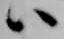
ハ